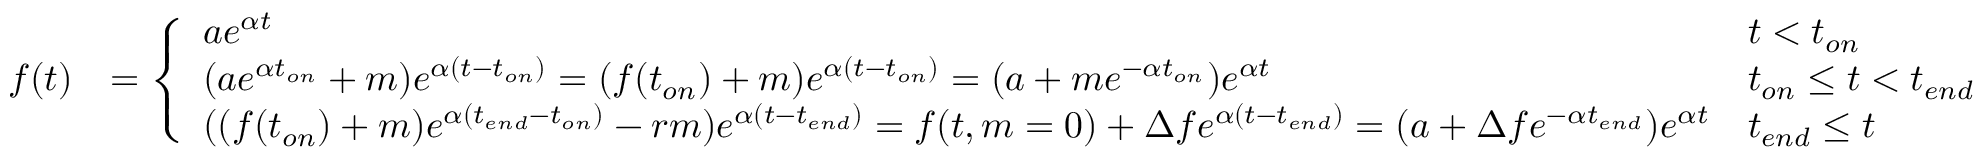
\begin{array} { r l } { f ( t ) } & { = \left\{ \begin{array} { l l } { a e ^ { \alpha t } } & { t < t _ { o n } } \\ { ( a e ^ { \alpha t _ { o n } } + m ) e ^ { \alpha ( t - t _ { o n } ) } = ( f ( t _ { o n } ) + m ) e ^ { \alpha ( t - t _ { o n } ) } = ( a + m e ^ { - \alpha t _ { o n } } ) e ^ { \alpha t } } & { t _ { o n } \leq t < t _ { e n d } } \\ { ( ( f ( t _ { o n } ) + m ) e ^ { \alpha ( t _ { e n d } - t _ { o n } ) } - r m ) e ^ { \alpha ( t - t _ { e n d } ) } = f ( t , m = 0 ) + \Delta f e ^ { \alpha ( t - t _ { e n d } ) } = ( a + \Delta f e ^ { - \alpha t _ { e n d } } ) e ^ { \alpha t } } & { t _ { e n d } \leq t } \end{array} \right. } \end{array}